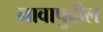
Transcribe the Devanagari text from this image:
नावापुढील